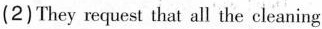
(2)They request that all the cleaning